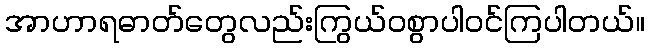
အာဟာရဓာတ်တွေလည်းကြွယ်ဝစွာပါဝင်ကြပါတယ်။